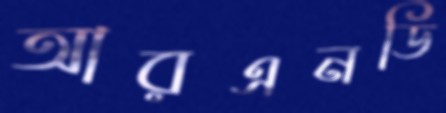
আরএনডি